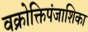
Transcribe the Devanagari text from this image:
वक्रोक्तिपंजाशिका